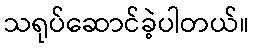
သရုပ်ဆောင်ခဲ့ပါတယ်။